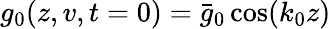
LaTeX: g_{0}(z,v,t=0)=\bar{g}_{0}\cos(k_{0}z)